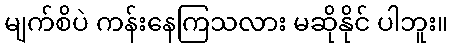
မျက်စိပဲ ကန်းနေကြသလား မဆိုနိုင် ပါဘူး။